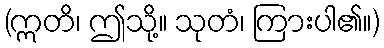
(ဣတိ၊ ဤသို့။ သုတံ၊ ကြားပါ၏။)